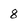
Character: 8